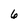
Character: 6